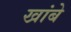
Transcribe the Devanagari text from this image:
खांबे